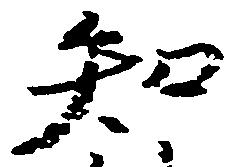
知